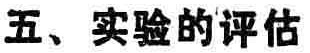
五、实验的评估